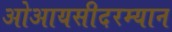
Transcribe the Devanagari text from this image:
ओआयसीदरम्यान